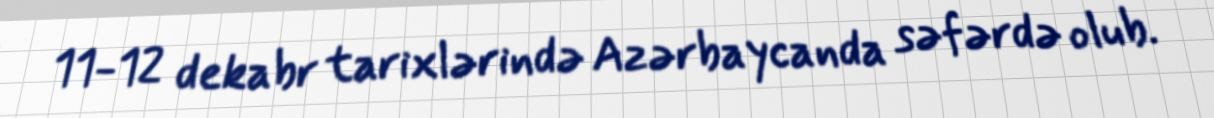
11-12 dekabr tarixlərində Azərbaycanda səfərdə olub.